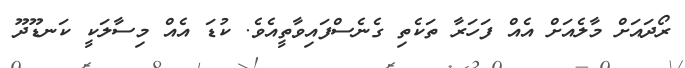
ރޯދައަށް މާލެއަށް އެއް ފަހަރާ ތަކެތި ގެނެސްފައިވާތީއެވެ. ކުޑަ އެއް މިސާލަކީ ކަނޑޫދޫ